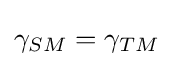
\gamma _{SM}=\gamma _{TM}